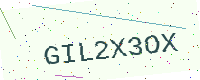
Text: GIL2X3OX